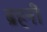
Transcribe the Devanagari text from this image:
ब्रहनी